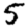
Digit: 5